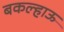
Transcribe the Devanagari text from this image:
बकल्हाऊ